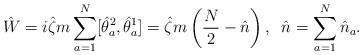
LaTeX: \begin{align*}\hat{W}=i\hat{\zeta} m\sum_{a=1}^{N}[\hat{\theta}_a^2,\hat{\theta}_a^1]=\hat{\zeta} m\left(\frac{N}{2}-\hat{n}\right),\;\;\hat{n}=\sum_{a=1}^{N}\hat{n}_a.\end{align*}